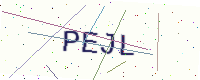
Text: PEJL